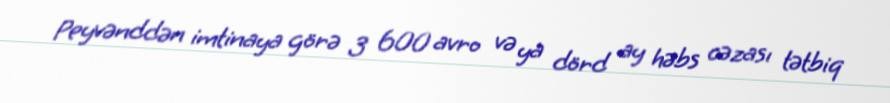
Peyvənddən imtinaya görə 3 600 avro və ya dörd ay həbs cəzası tətbiq